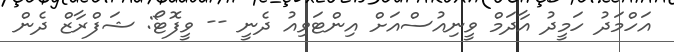
އަހްމަދު ހަމީދު އާދަމް ވީނިއުސްއަށް އިންޓަވިއު ދެނީ -- ވީފޮޓޯ: ޝަފްރާޒް ދެން